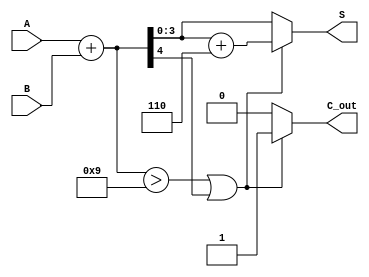
module BCD_Ripple_Carry_Adder (
    input [3:0] A,      // First BCD digit
    input [3:0] B,      // Second BCD digit
    output [3:0] S,     // BCD sum output
    output reg C_out     // Carry out indicating overflow
);

    wire [4:0] sum;     // 5 bits to hold the sum and carry
    wire [3:0] corrected_sum; // Corrected BCD sum
    wire correction_needed;

    // Full adder logic for BCD addition
    assign sum = A + B; // Add the two BCD digits

    // Check if correction is needed
    assign correction_needed = (sum > 9) || (sum[4]); // Check if sum exceeds 9 or if carry out from MSB

    // Corrected sum calculation
    assign corrected_sum = sum + 4'b0110; // Add 6 (0110) for correction if needed

    // Assign the final output and carry out
    always @(*) begin
        if (correction_needed) begin
            S = corrected_sum[3:0]; // Use the lower 4 bits of the corrected sum
            C_out = 1;               // Set carry out if correction was applied
        end else begin
            S = sum[3:0];           // Use the lower 4 bits of the original sum
            C_out = 0;              // No carry out
        end
    end

endmodule